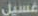
غسيل